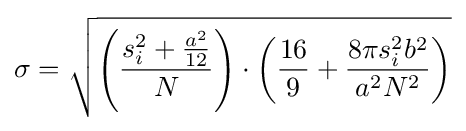
\sigma ={\sqrt {\left({\frac {s_{i}^{2}+{\frac {a^{2}}{12}}}{N}}\right)\cdot \left({\frac {16}{9}}+{\frac {8\pi s_{i}^{2}b^{2}}{a^{2}N^{2}}}\right)}}